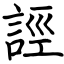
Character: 誙